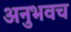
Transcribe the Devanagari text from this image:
अनुभवच